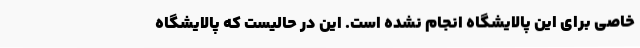
خاصی برای این پالایشگاه انجام نشده است. این در حالیست که پالایشگاه